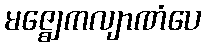
မဇ္ဈေကလျာဏံပေ